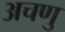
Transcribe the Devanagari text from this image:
अचणु